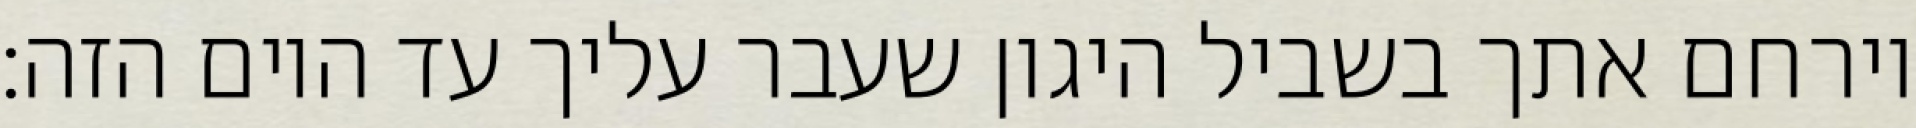
וירחם אתך בשביל היגון שעבר עליך עד היום הזה: